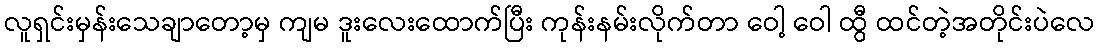
လူရှင်းမှန်းသေချာတော့မှ ကျမ ဒူးလေးထောက်ပြီး ကုန်းနမ်းလိုက်တာ ဝေါ့ ဝေါ ထွီ ထင်တဲ့အတိုင်းပဲလေ